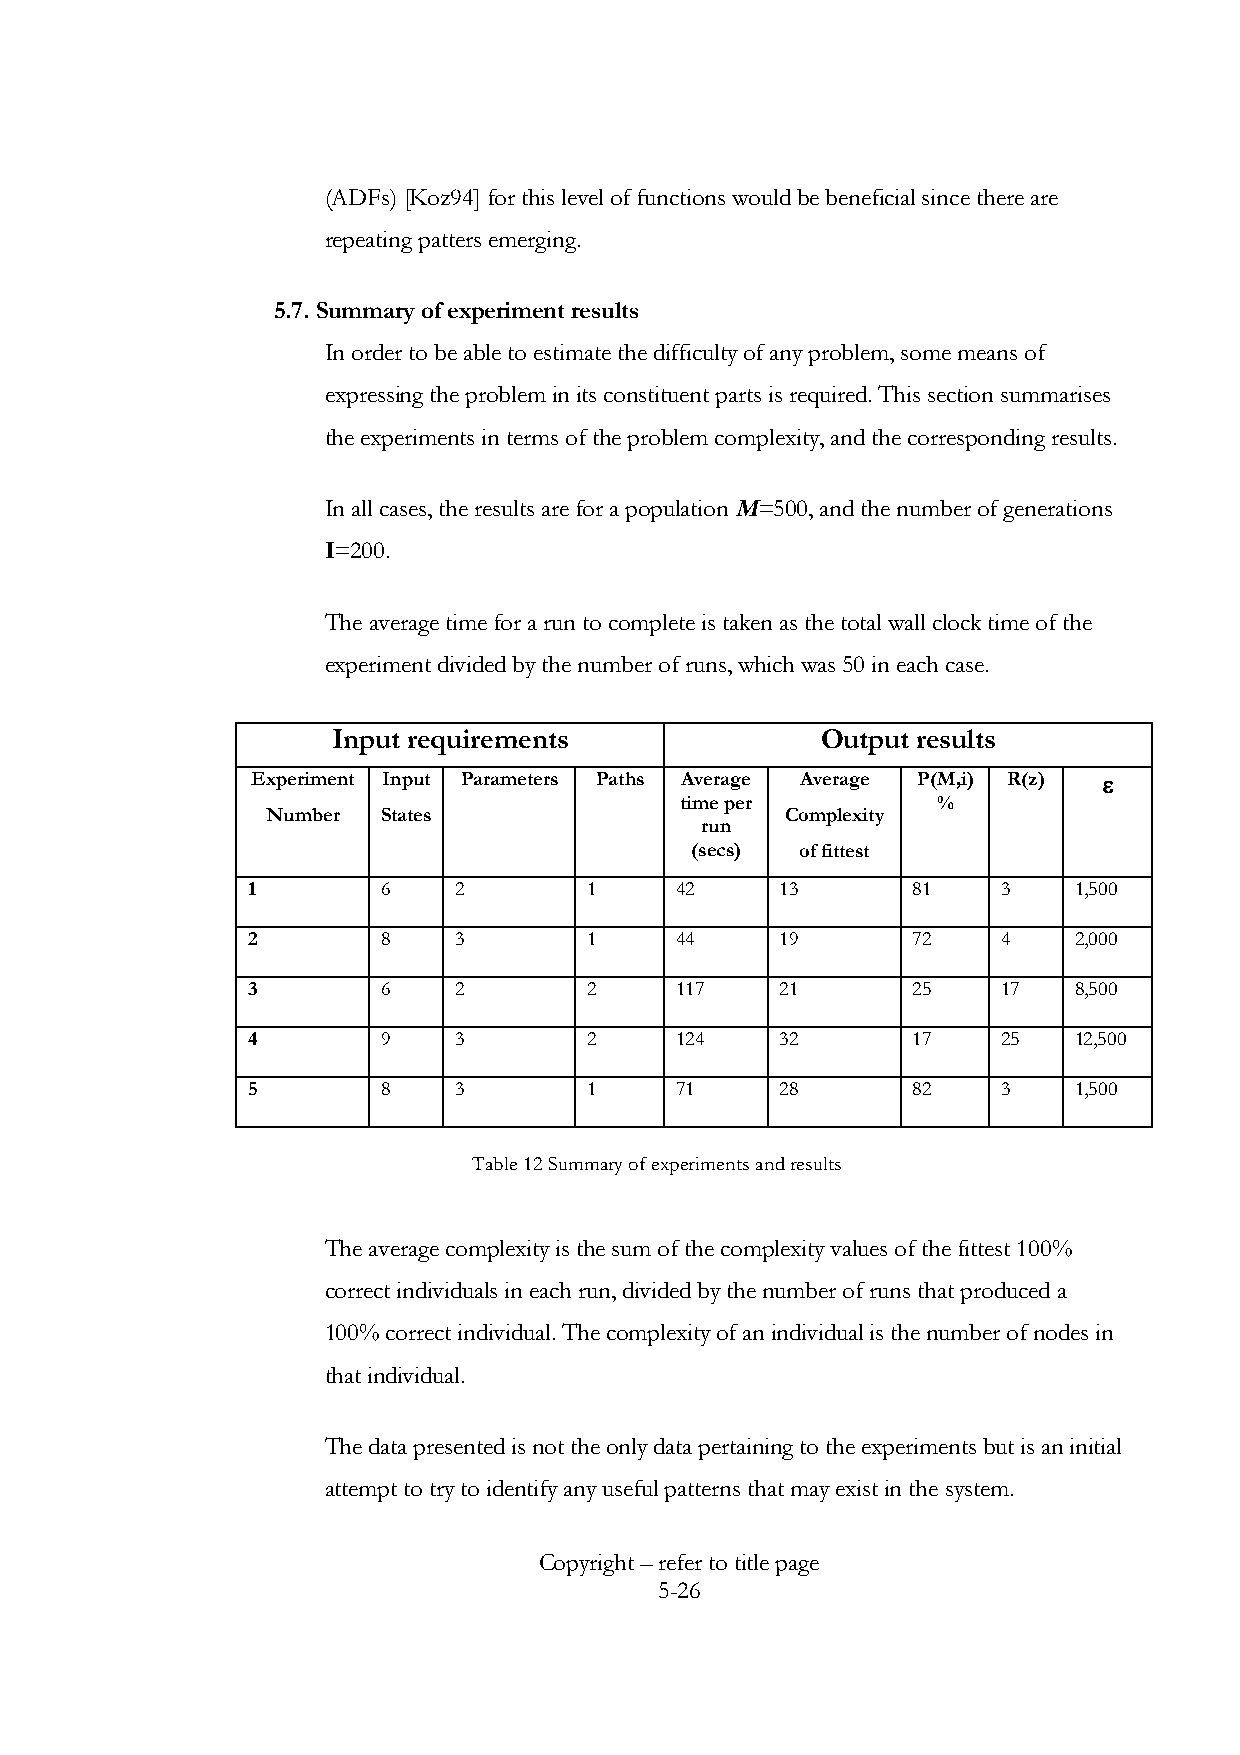
(ADFs) [Koz94] for this level of functions would be beneficial since there are
 repeating patters emerging.
 5.7. Summary of experiment results
 In order to be able to estimate the difficulty of any problem, some means of
 expressing the problem in its constituent parts is required. This section summarises
 the experiments in terms of the problem complexity, and the corresponding results.
 In all cases, the results are for a population M=500, and the number of generations
 I=200.
 The average time for a run to complete is taken as the total wall clock time of the
 experiment divided by the number of runs, which was 50 in each case.
 Input requirements              Output results
 Experiment Input Parameters Paths Average Average P(M,i) R(z) e
 time per         %
 Number States                     Complexity
 run
 (secs) of fittest
 1        6    2        1     42     13      81    3    1,500
 2        8    3        1     44     19      72    4    2,000
 3        6    2        2     117    21      25    17   8,500
 4        9    3        2     124    32      17    25   12,500
 5        8    3        1     71     28      82    3    1,500
 Table 12 Summary of experiments and results
 The average complexity is the sum of the complexity values of the fittest 100%
 correct individuals in each run, divided by the number of runs that produced a
 100% correct individual. The complexity of an individual is the number of nodes in
 that individual.
 The data presented is not the only data pertaining to the experiments but is an initial
 attempt to try to identify any useful patterns that may exist in the system.
 Copyright – refer to title page
 5-26